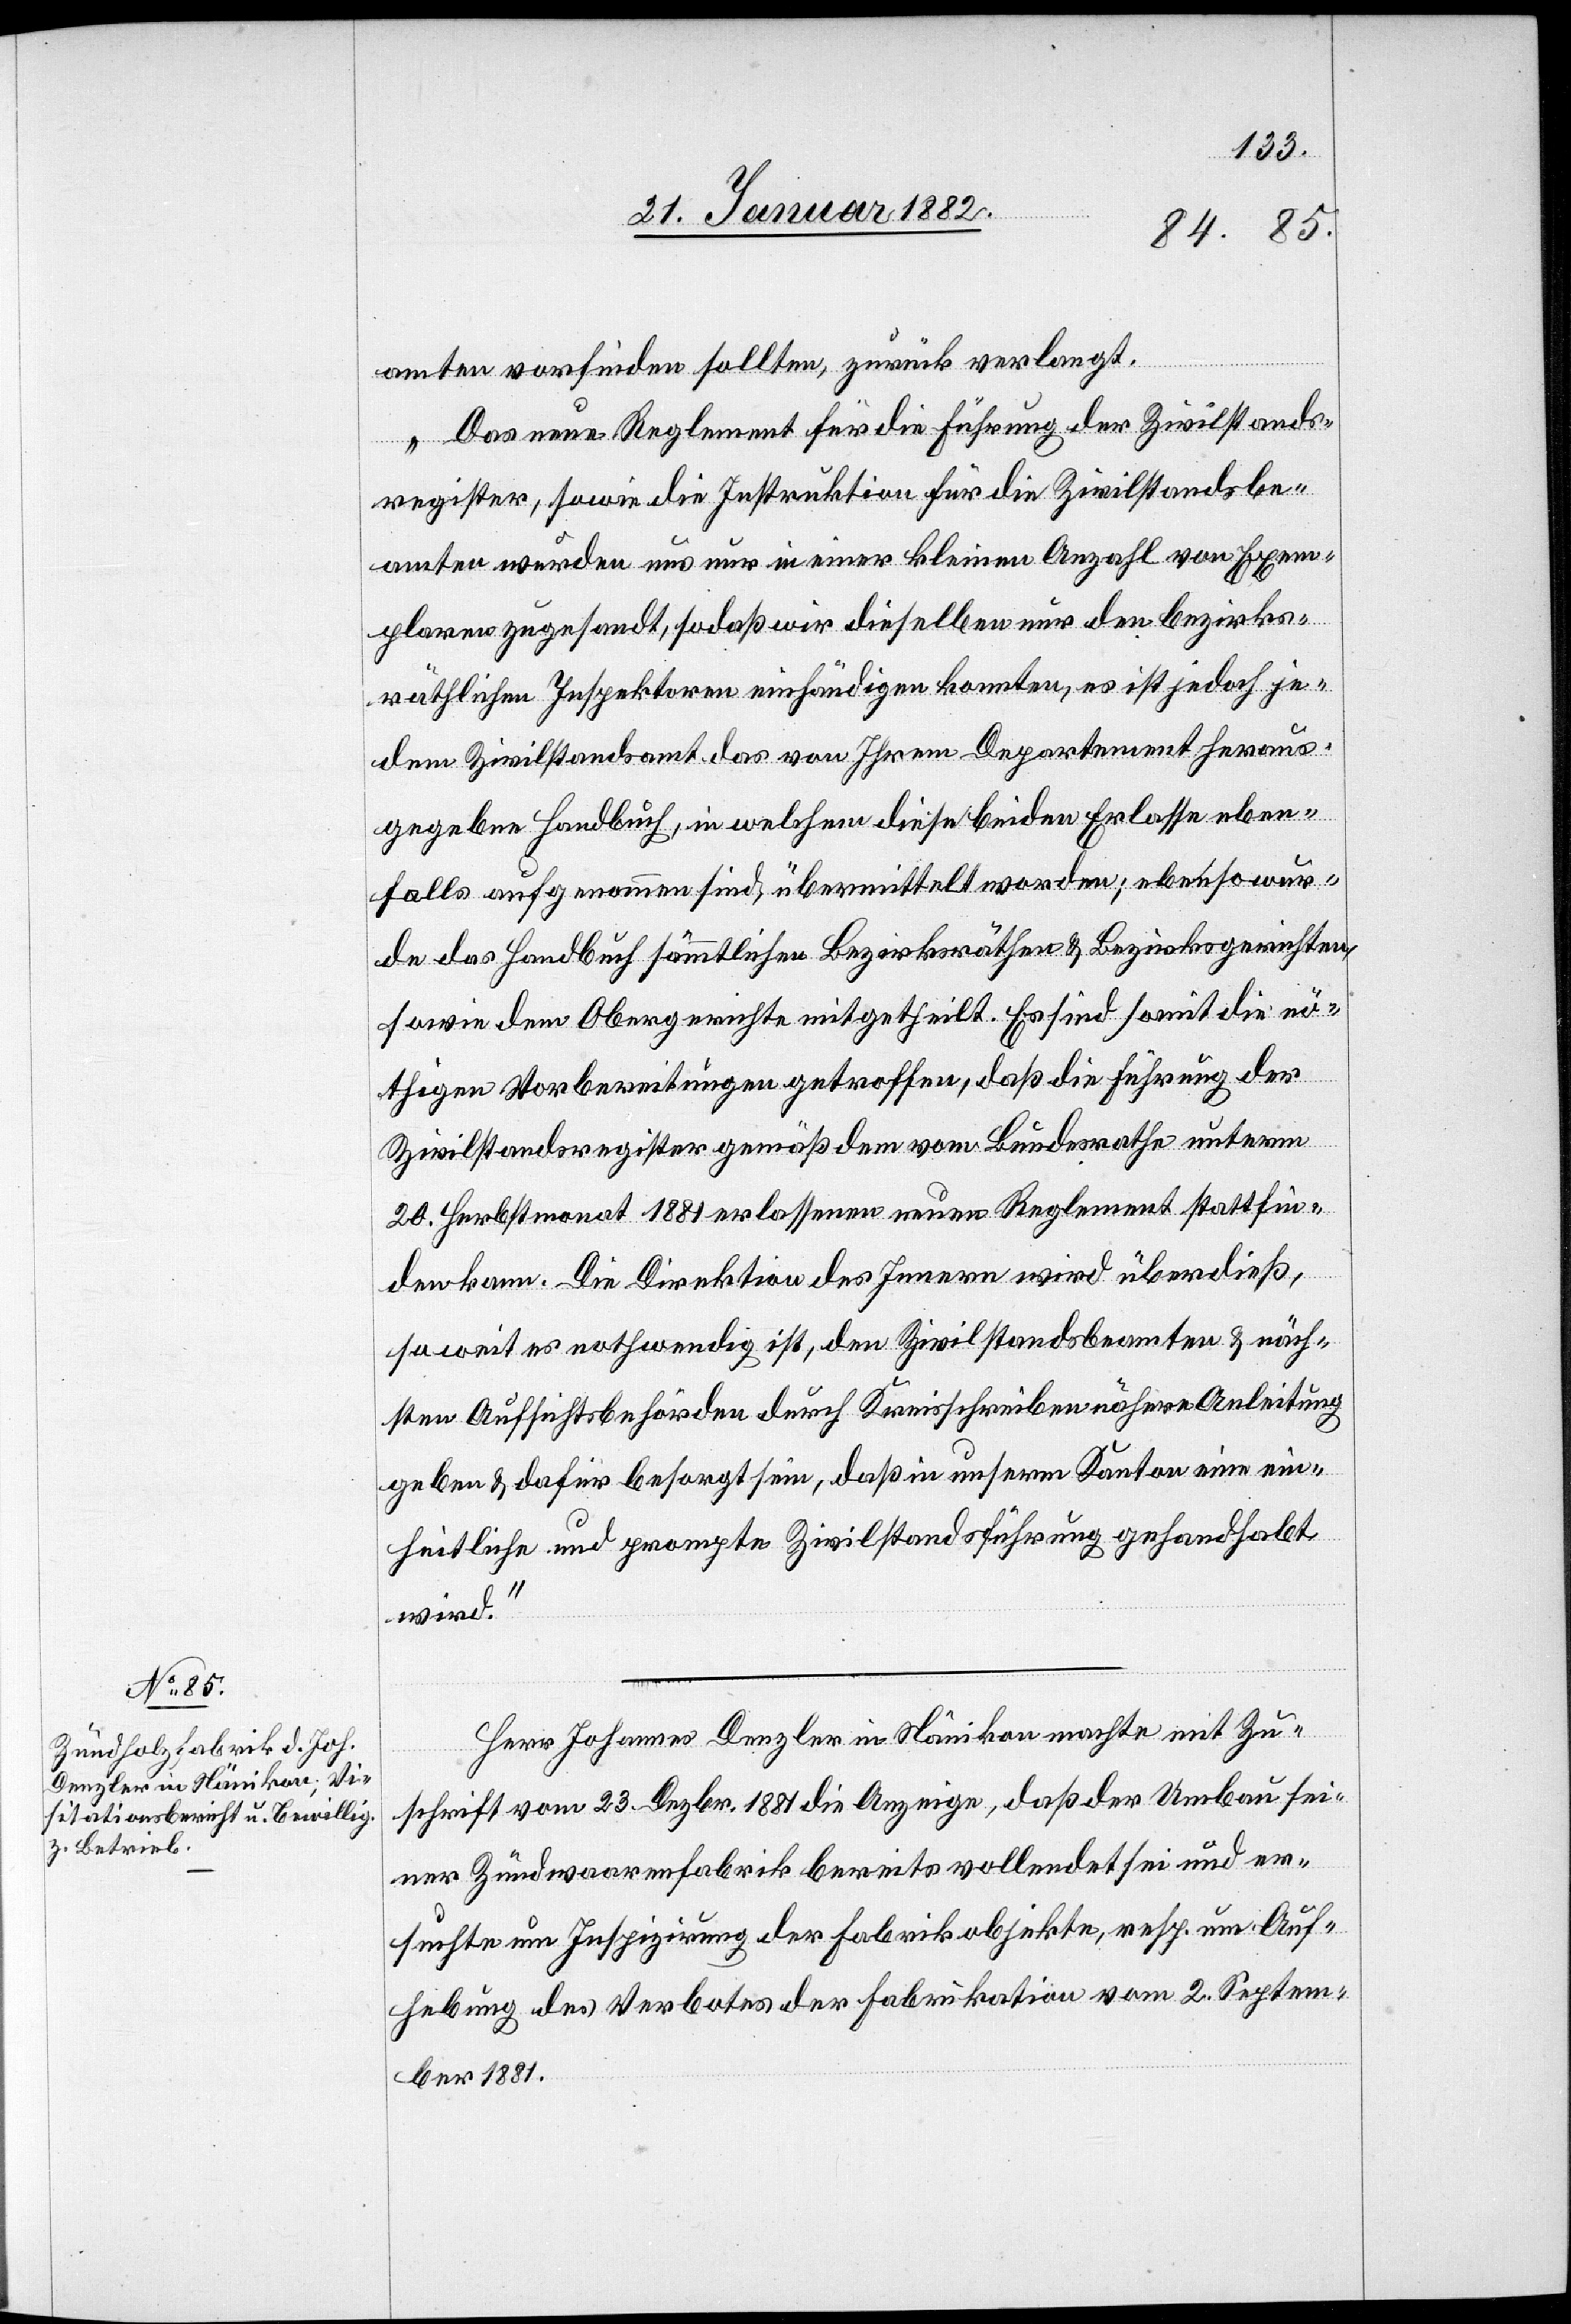
amten vorfinden sollten, zurück verlangt.
Das neue Reglement für die Führung der Zivilstands¬
register, sowie die Instruktion für die Zivilstandsbe¬
amten wurden uns nur in einer kleinen Anzahl von Exem¬
plaren zugesandt, sodaß wir dieselben nur den bezirks¬
räthlichen Inspektoren einhändigen konnten, es ist jedoch je¬
dem Zivilstandsamt das von Ihrem Departement heraus¬
gegeben Handbuch, in welchem diese beiden Erlasse eben¬
falls aufgenommen sind, übermittelt worden; ebenso wur¬
de das Handbuch sämmtlichen Bezirksräthen & Bezirksgerichten,
sowie dem Obergerichte mitgetheilt. Es sind somit die nö¬
thigen Vorbereitungen getroffen, daß die Führung der
Zivilstandsregister gemäß dem vom Bundesrathe unterm
20. Herbstmonat 1881 erlassenen neuen Reglement stattfin¬
den kann. Die Direktion des Innern wird überdieß,
soweit es nothwendig ist, den Zivilstandsbeamten & näch¬
sten Aufsichtsbehörden durch Kenntnisschreiben nähere Anleitung
geben & dafür besorgt sein, daß in unserem Kanton eine ein¬
heitliche und prompte Zivilstandsführung gehandhabt
wird.“
Herr Johannes Denzler in Nänikon machte mit Zu¬
schrift vom 23. Dezbr. 1881 die Anzeige, daß der Umbau sei¬
ner Zündwaarenfabrik bereits vollendet sei und er¬
suchte um Inspizierung der Fabrikobjekte, resp. um Auf¬
hebung des Verbotes der Fabrikation vom 2. Septem¬
ber 1881.